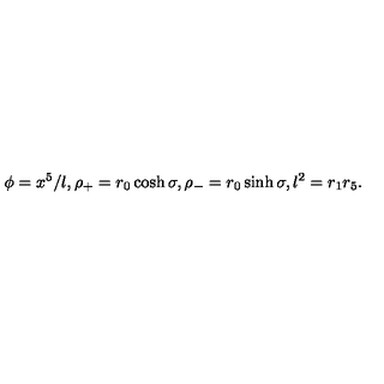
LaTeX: \phi = x ^ { 5 } / l , \rho _ { + } = r _ { 0 } \cosh \sigma , \rho _ { - } = r _ { 0 } \sinh \sigma , l ^ { 2 } = r _ { 1 } r _ { 5 } .